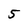
Character: 5